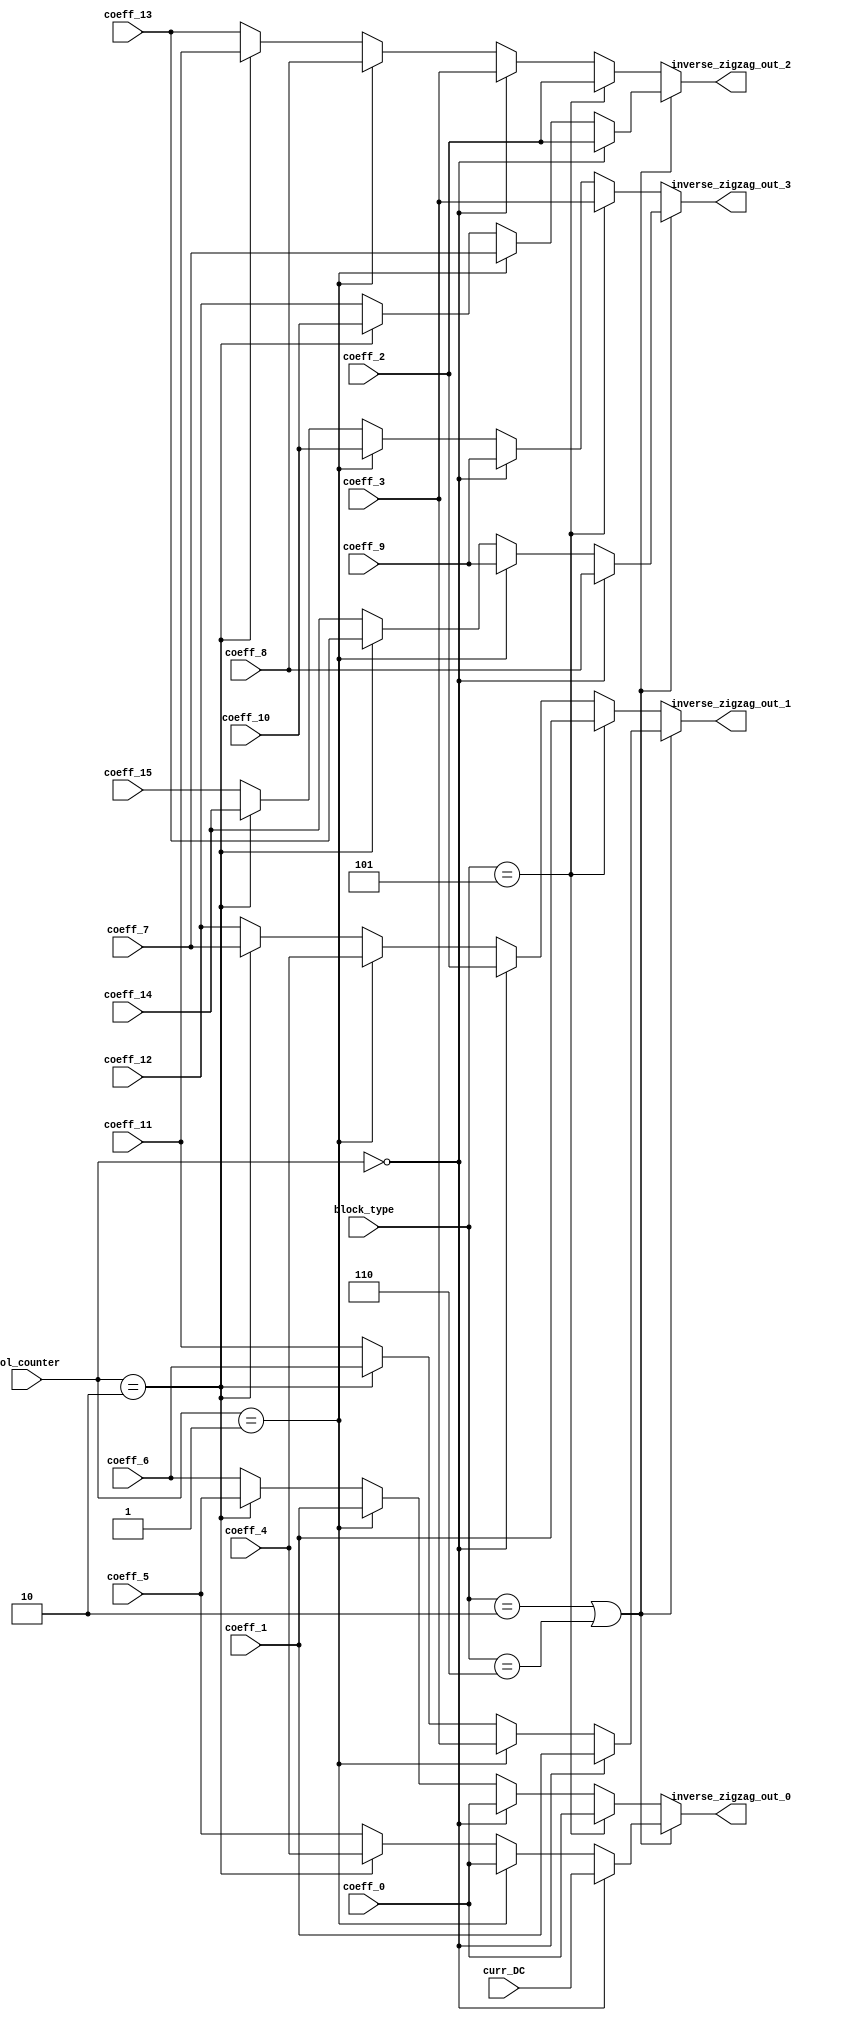
module transform_inverse_zigzag
(
	col_counter,
	block_type,
	curr_DC,
	coeff_0,
	coeff_1,
	coeff_2,
	coeff_3,
	coeff_4,
	coeff_5,
	coeff_6,
	coeff_7,
	coeff_8,
	coeff_9,
	coeff_10,
	coeff_11,
	coeff_12,
	coeff_13,
	coeff_14,
	coeff_15,
	inverse_zigzag_out_0,
	inverse_zigzag_out_1,
	inverse_zigzag_out_2,
	inverse_zigzag_out_3
);
//-------------------
//ports
//--------------------
input [1:0] col_counter;
input [2:0]	block_type;
input [15:0] curr_DC;
input [15:0] coeff_0;
input [15:0] coeff_1;
input [15:0] coeff_2;
input [15:0] coeff_3;
input [15:0] coeff_4;
input [15:0] coeff_5;
input [15:0] coeff_6;
input [15:0] coeff_7;
input [15:0] coeff_8;
input [15:0] coeff_9;
input [15:0] coeff_10;
input [15:0] coeff_11;
input [15:0] coeff_12;
input [15:0] coeff_13;
input [15:0] coeff_14;
input [15:0] coeff_15;

output [15:0] inverse_zigzag_out_0;
output [15:0] inverse_zigzag_out_1;
output [15:0] inverse_zigzag_out_2;
output [15:0] inverse_zigzag_out_3;


//----------------------
// regs
//----------------------
reg [15:0] inverse_zigzag_out_0;
reg [15:0] inverse_zigzag_out_1;
reg [15:0] inverse_zigzag_out_2;
reg [15:0] inverse_zigzag_out_3;

//--------------------
//inverse_zigzag_out
//--------------------
always @(*)
if (block_type == 2 || block_type == 6) begin //AC
	if (col_counter == 0 ) begin
		inverse_zigzag_out_0 = curr_DC;
		inverse_zigzag_out_1 = coeff_1;
		inverse_zigzag_out_2 = coeff_2;
		inverse_zigzag_out_3 = coeff_8;
	end
	else if (col_counter == 1) begin
		inverse_zigzag_out_0 = coeff_0;
		inverse_zigzag_out_1 = coeff_3;
		inverse_zigzag_out_2 = coeff_7;
		inverse_zigzag_out_3 = coeff_9;
	end
	else if (col_counter == 2) begin
		inverse_zigzag_out_0 = coeff_4;
		inverse_zigzag_out_1 = coeff_6;
		inverse_zigzag_out_2 = coeff_10;
		inverse_zigzag_out_3 = coeff_13;
	end
	else begin
		inverse_zigzag_out_0 = coeff_5;
		inverse_zigzag_out_1 = coeff_11;
		inverse_zigzag_out_2 = coeff_12;
		inverse_zigzag_out_3 = coeff_14;
	end
end
else if (block_type == 5) begin	//Chroma DC
	inverse_zigzag_out_0 = coeff_0;
	inverse_zigzag_out_1 = coeff_1;
	inverse_zigzag_out_2 = coeff_2;
	inverse_zigzag_out_3 = coeff_3;
end
else begin	//Luma4x4 or LumaDC
	if (col_counter == 0 ) begin
		inverse_zigzag_out_0 = coeff_0;
		inverse_zigzag_out_1 = coeff_2;
		inverse_zigzag_out_2 = coeff_3;
		inverse_zigzag_out_3 = coeff_9;
	end
	else if (col_counter == 1) begin
		inverse_zigzag_out_0 = coeff_1;
		inverse_zigzag_out_1 = coeff_4;
		inverse_zigzag_out_2 = coeff_8;
		inverse_zigzag_out_3 = coeff_10;
	end
	else if (col_counter == 2) begin
		inverse_zigzag_out_0 = coeff_5;
		inverse_zigzag_out_1 = coeff_7;
		inverse_zigzag_out_2 = coeff_11;
		inverse_zigzag_out_3 = coeff_14;
	end
	else begin
		inverse_zigzag_out_0 = coeff_6;
		inverse_zigzag_out_1 = coeff_12;
		inverse_zigzag_out_2 = coeff_13;
		inverse_zigzag_out_3 = coeff_15;
	end
end
endmodule